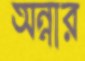
অন্নার